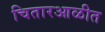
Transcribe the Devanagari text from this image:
चितारआळीत